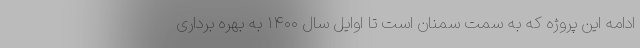
ادامه این پروژه که به سمت سمنان است تا اوایل سال ۱۴۰۰ به بهره برداری